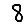
Digit: 8